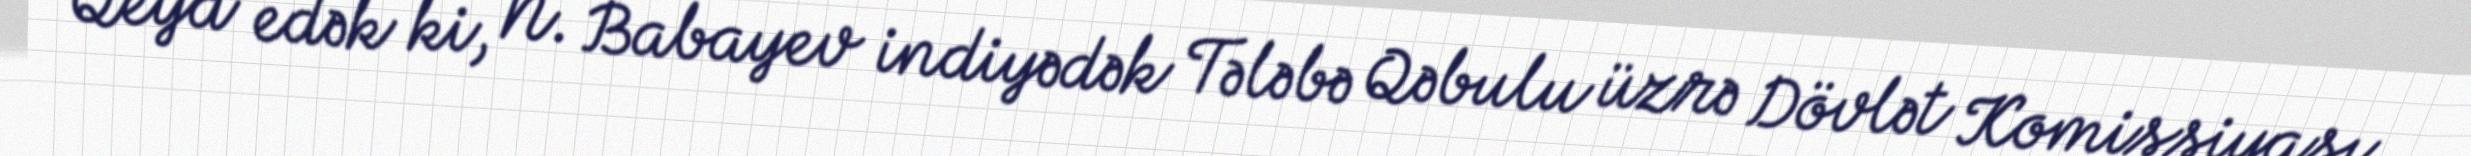
Qeyd edək ki, N. Babayev indiyədək Tələbə Qəbulu üzrə Dövlət Komissiyası